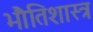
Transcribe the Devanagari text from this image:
भौतिशास्त्र